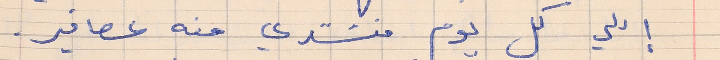
إللي كل يوم منشتري منه عصافير.